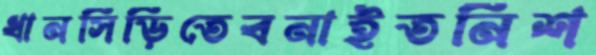
ধানসিঁড়িতেবনাইতনিশ